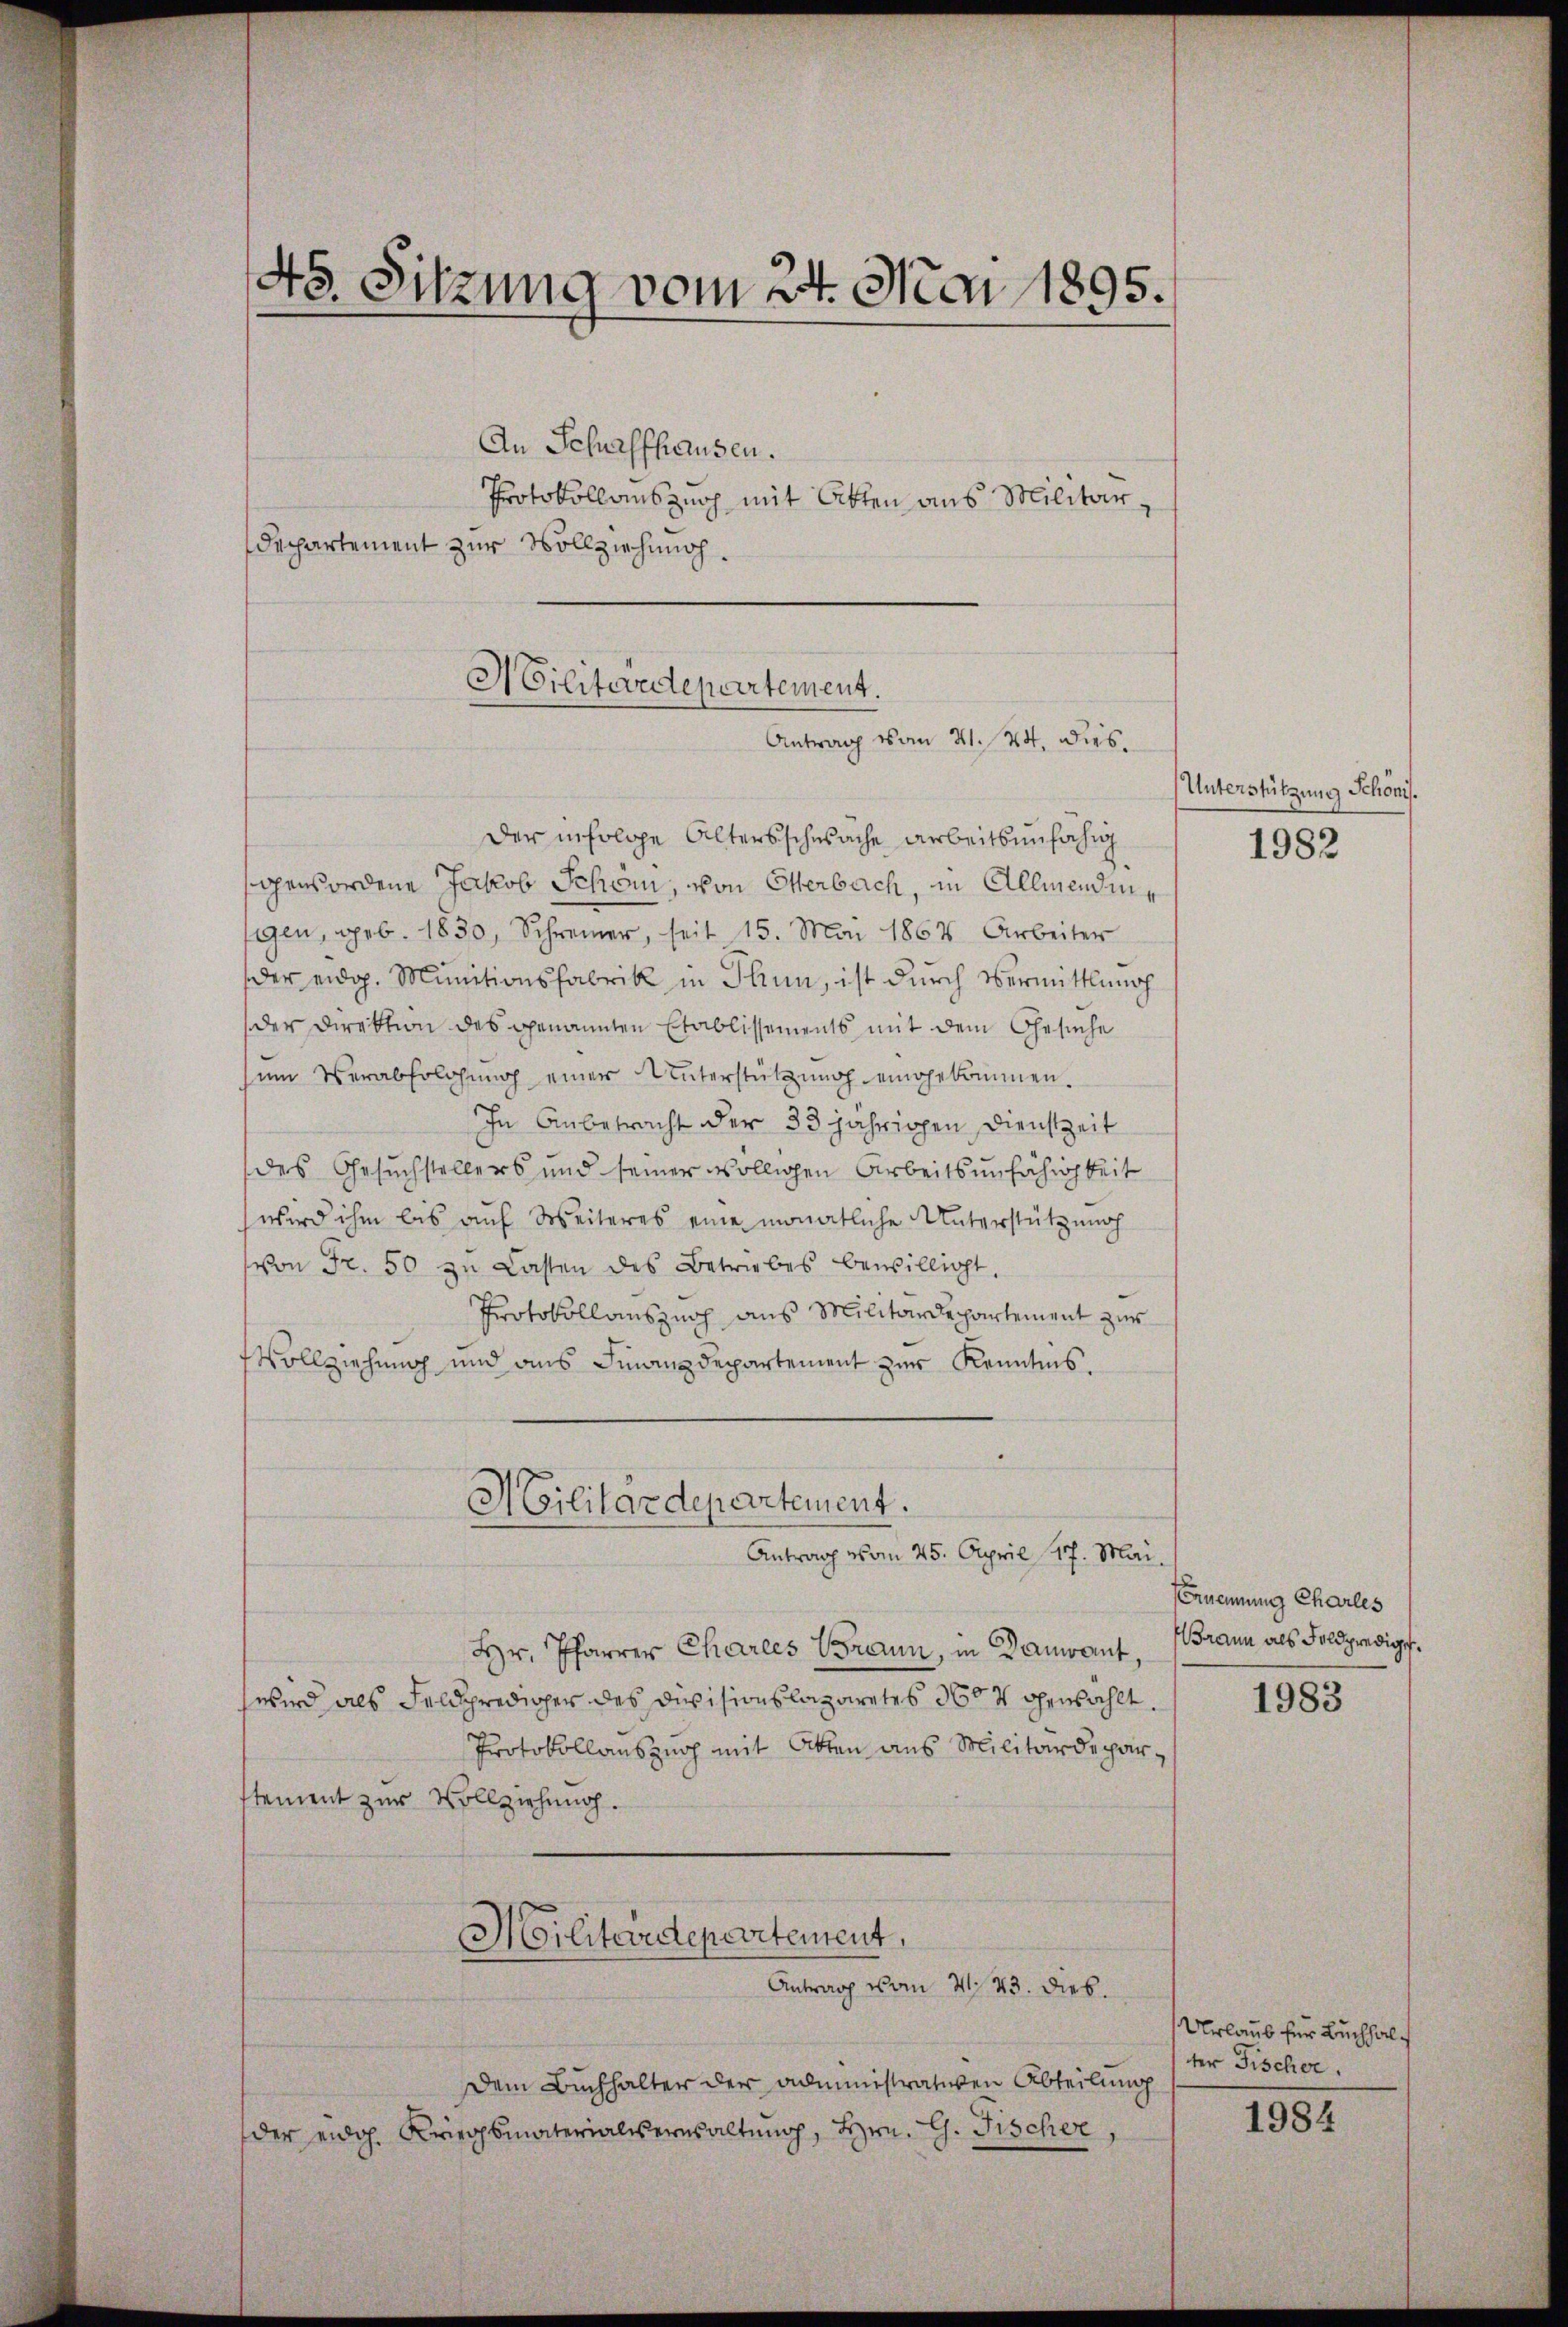
45. Sitzung vom 24. Mai 1895.

An Schaffhausen.
Protokollauszug mit Akten aus Militär¬
Departement zur Vollziehung

Militärdepartement.
Antrag vom 21. 24. dies

Der infolge Altersschwäche arbeitsunfähig
gewordene Jakob Schön, von Otterbach, in Allmenden,
segen, geb. 1830, Schreiner, seit 15. Mai 1864 Arbeiter
der eidg. Munitionsfabrik in Thun, ist durch Vermittlung
der Direktion des genannten Etablissements mit dem Gesuche
zum Verabfolgung einer Unterstützung eingekommen.
In Anbetracht der 33 jährigen Dienstzeit
des Gesuchstellers und seiner völligen Arbeitsunfähigkeit
wird ihm bis auf Weiteres eine monatliche Unterstützung
(von Fr. 50 zu Lasten des Betriebes bewilligt.
Protokollauszug aus Militärdepartement zur
Vollziehung und aus Finanzdepartement zur Kenntnis.
Militärdepartement.
Antrag vom 25. April 17. Mai.
Hr. Pfarrer Charles Brann, in Danant,
wird als Feldprediger des Divisionslazaretes 360 x gewählt.
Protokollanszug mit Akten aus Militärdeparstement zur Vollziehung.
Militärdepartement,

Antrag vom 21. 43. Dieb.

Dem Buchhalter der administrativen Abteilung
der eidg. Kriegsmaterialisernsaltung, Hrn. G. Fischer,

Unterstützung Schönis.

1982

Ernennung Charles
Braun als Feldprediget.

1983

Urlaub für Buchhal
ter Fischer.

1984